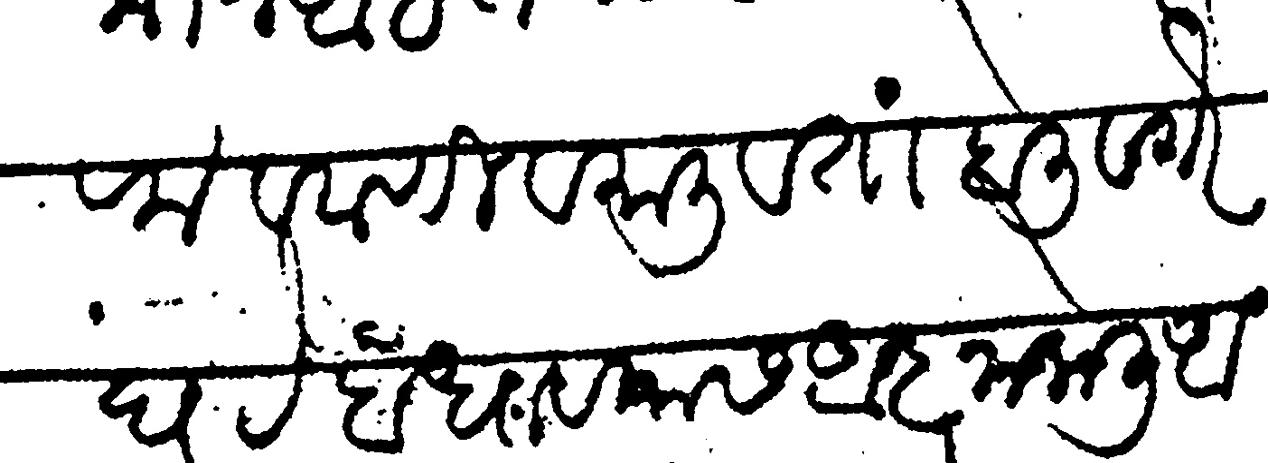
Transliteration (Devanagari): सराफ व वाणी व माली व तांबोली वगैरे घरे बांधावयास अज्ञा केलि अबाधतील